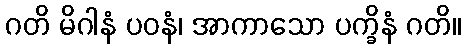
ဂတိ မိဂါနံ ပဝနံ၊ အာကာသော ပက္ခိနံ ဂတိ။